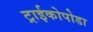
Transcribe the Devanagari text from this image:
ट्राईकोपोडा